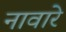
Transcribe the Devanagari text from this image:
नावारे